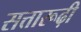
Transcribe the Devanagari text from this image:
सत्तारूढ़ी